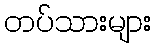
တပ်သားများ